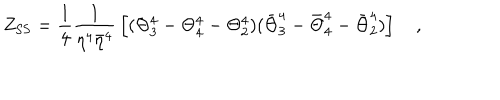
LaTeX: Z _ { \mathrm { S S } } = { \frac { 1 } { 4 } } { \frac { 1 } { \eta ^ { 4 } { \bar { \eta } } ^ { 4 } } } \left[ ( \Theta _ { 3 } ^ { 4 } - \Theta _ { 4 } ^ { 4 } - \Theta _ { 2 } ^ { 4 } ) ( { \bar { \Theta } } _ { 3 } ^ { 4 } - { \bar { \Theta } } _ { 4 } ^ { 4 } - { \bar { \Theta } } _ { 2 } ^ { 4 } ) \right] \quad ,